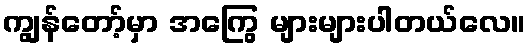
ကျွန်တော့်မှာ အကြွေ များများပါတယ်လေ။